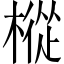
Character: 樅